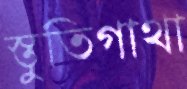
স্তুতিগাথা